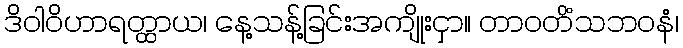
ဒိဝါဝိဟာရတ္ထာယ၊ နေ့သန့်ခြင်းအကျိုးငှာ။ တာဝတိံသဘဝနံ၊